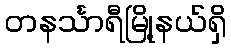
တနင်္သာရီမြို့နယ်ရှိ